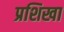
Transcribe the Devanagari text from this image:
प्रशिखा